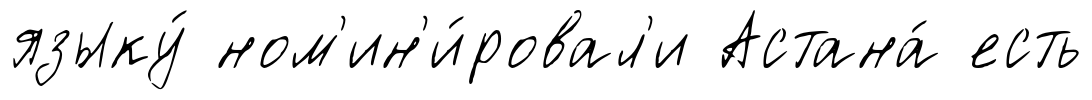
языку́ ном'ин'и́ровал'и Астана́ есть